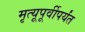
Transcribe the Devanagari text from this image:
मृत्यूपूर्वीपर्यंत